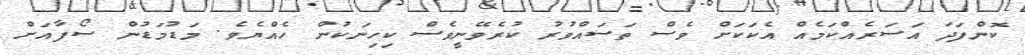
ކޮންފަދަ އަސަރެއްކަމެއް އެކަކަށް ވެސް ތަސައްވުރު ކުރެވޭނީވެސް ކިހިނަކުން ހެއްޔެވެ. މަޑުމަޑުން ސޯފާއަށް